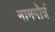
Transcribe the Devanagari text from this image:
नामगोत्रं